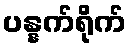
ပန္နက်ရိုက်